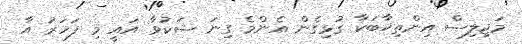
މަޖިލިސް އިންތިޚާބަކާ ގުޅިގެން އެންމެ ގިނަ ޝަކުވާ އައީ މި ފަހަރު އާ